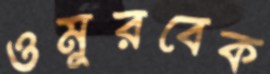
ওমুরবেক